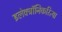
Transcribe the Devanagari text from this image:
इलेक्ट्रॉनिकरित्या